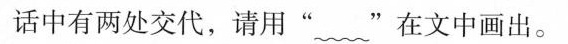
话中有两处交代，请用‘’﹏”在文中画出。